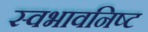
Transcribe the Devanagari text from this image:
स्वभावनिष्ट